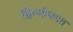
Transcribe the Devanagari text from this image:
हिन्दीजगत